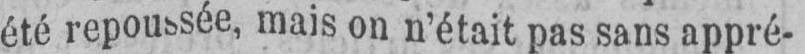
été repoussée, mais on n’était pas sans appré-